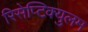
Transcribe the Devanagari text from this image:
रिसेप्टिक्युलम